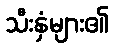
သီးနှံများ၏